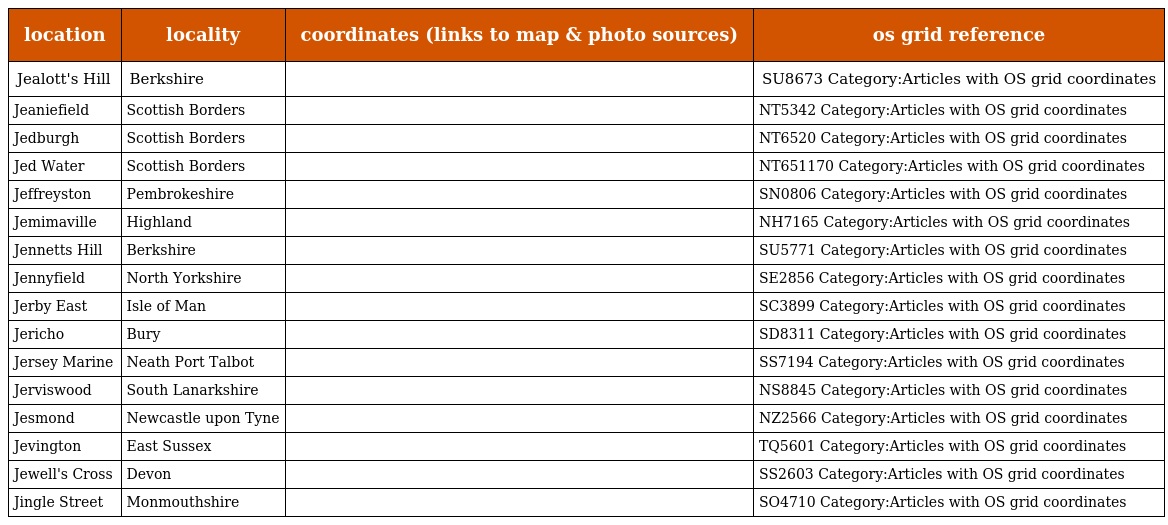
| location | locality | coordinates (links to map & photo sources) | os grid reference |
 | --- | --- | --- | --- |
 | Jealott's Hill | Berkshire |  | SU8673 Category:Articles with OS grid coordinates |
 | Jeaniefield | Scottish Borders |  | NT5342 Category:Articles with OS grid coordinates |
 | Jedburgh | Scottish Borders |  | NT6520 Category:Articles with OS grid coordinates |
 | Jed Water | Scottish Borders |  | NT651170 Category:Articles with OS grid coordinates |
 | Jeffreyston | Pembrokeshire |  | SN0806 Category:Articles with OS grid coordinates |
 | Jemimaville | Highland |  | NH7165 Category:Articles with OS grid coordinates |
 | Jennetts Hill | Berkshire |  | SU5771 Category:Articles with OS grid coordinates |
 | Jennyfield | North Yorkshire |  | SE2856 Category:Articles with OS grid coordinates |
 | Jerby East | Isle of Man |  | SC3899 Category:Articles with OS grid coordinates |
 | Jericho | Bury |  | SD8311 Category:Articles with OS grid coordinates |
 | Jersey Marine | Neath Port Talbot |  | SS7194 Category:Articles with OS grid coordinates |
 | Jerviswood | South Lanarkshire |  | NS8845 Category:Articles with OS grid coordinates |
 | Jesmond | Newcastle upon Tyne |  | NZ2566 Category:Articles with OS grid coordinates |
 | Jevington | East Sussex |  | TQ5601 Category:Articles with OS grid coordinates |
 | Jewell's Cross | Devon |  | SS2603 Category:Articles with OS grid coordinates |
 | Jingle Street | Monmouthshire |  | SO4710 Category:Articles with OS grid coordinates |